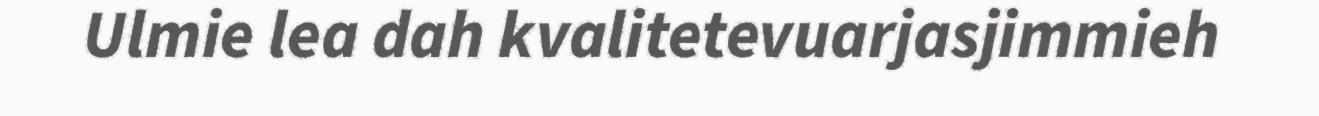
Ulmie lea dah kvalitetevuarjasjimmieh